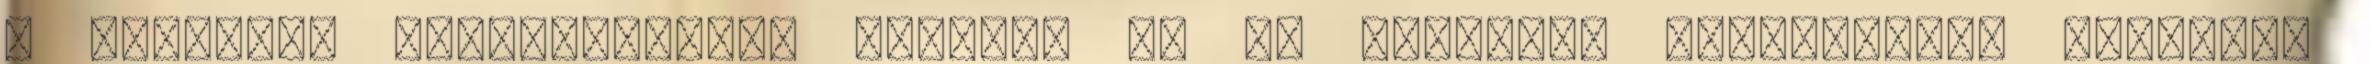
a dizájner nézőpontjából mutatta be az autizmus jelenségét, valamint